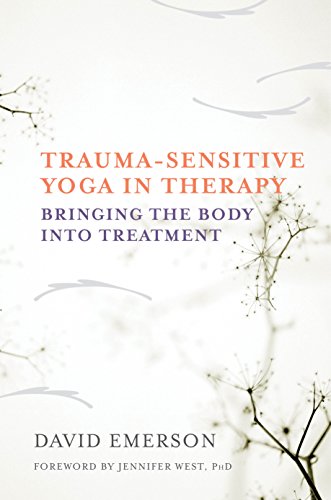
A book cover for Trauma-Sensitive Yoga in Therapy: Bringing the Body into Treatment; David Emerson; Medical Books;